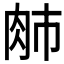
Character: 𰮈